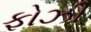
ફોઝી